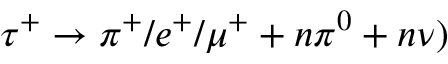
\tau ^ { + } \to \pi ^ { + } / e ^ { + } / \mu ^ { + } + n \pi ^ { 0 } + n \nu )